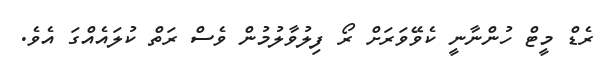
ރެޑް މީޓް ހުންނާނީ ކެވޭވަރަށް ރޯ ފިލުވާލުމުން ވެސް ރަތް ކުލައެއްގަ އެވެ.